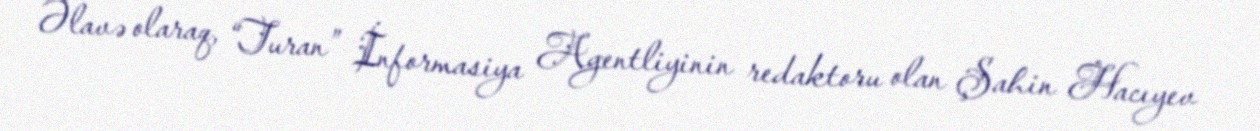
Əlavə olaraq, “Turan” İnformasiya Agentliyinin redaktoru olan Şahin Hacıyev